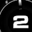
Digit: 2